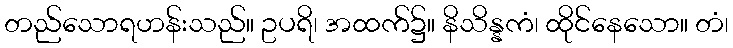
တည်သောရဟန်းသည်။ ဥပရိ၊ အထက်၌။ နိသိန္နကံ၊ ထိုင်နေသော။ တံ၊